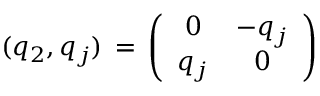
( q _ { 2 } , q _ { j } ) \, = \, \left( \begin{array} { c c } { { 0 } } & { { - q _ { j } } } \\ { { q _ { j } } } & { { 0 } } \end{array} \right)